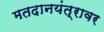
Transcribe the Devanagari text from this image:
मतदानयंत्रावर